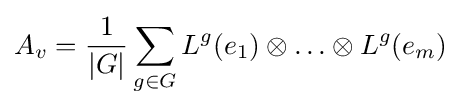
A_{v}={\frac {1}{|G|}}\sum _{g\in G}L^{g}(e_{1})\otimes \ldots \otimes L^{g}(e_{m})